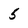
Character: 5